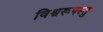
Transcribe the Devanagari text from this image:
विश्वरूपस्तु